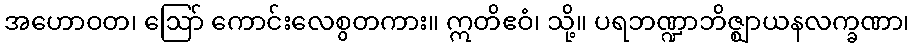
အဟောဝတ၊ ဩော် ကောင်းလေစွတကား။ ဣတိဧဝံ၊ သို့။ ပရဘဏ္ဍာဘိဇ္ဈာယနလက္ခဏာ၊